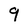
Character: 9